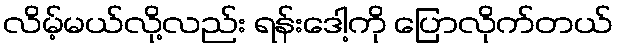
လိမ့်မယ်လို့လည်း ရန်းဒေါ့ကို ပြောလိုက်တယ်